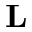
\mathbf { L }